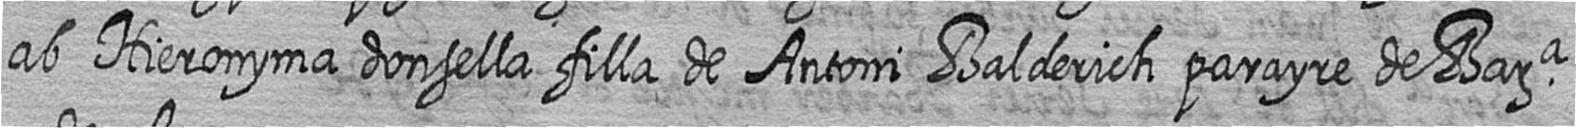
ab Hieronyma donsella filla de Antoni Balderich parayre de Bara